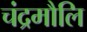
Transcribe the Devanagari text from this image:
चंद्रमौलि